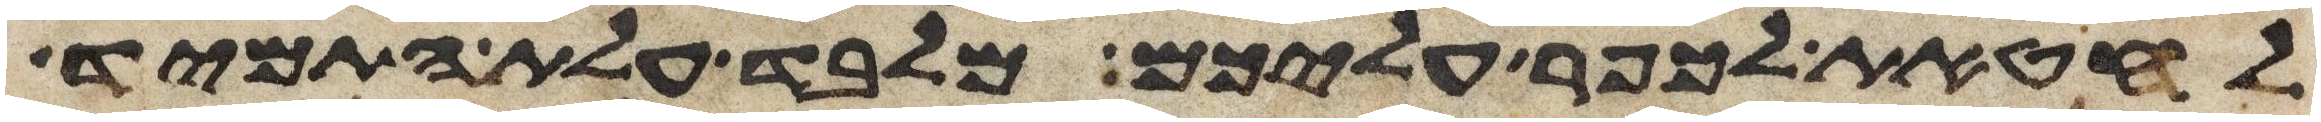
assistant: לחטאת לכפר עליכם מלבד עלת התמיד